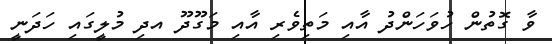
ވާ ގޮތުން ހުވަހަންދު އާއި މަތިވެރި އާއި މަގޫދޫ އދި މުލީގައި ހަދަނީ